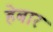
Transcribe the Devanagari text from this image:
हेबार